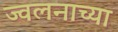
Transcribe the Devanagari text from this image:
ज्वलनाच्या